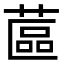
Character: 蓲